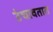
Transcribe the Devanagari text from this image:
उंचावतात